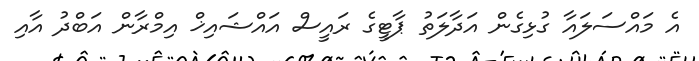
އެ މައްސަލައާ ގުޅިގެން އަދާލަތު ޕާޓީގެ ރައީސް އައްޝައިޚް އިމްރާން އަބްދު އާއި